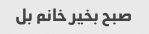
صبح بخیر خانم بل